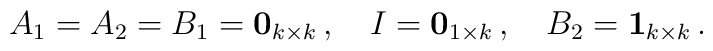
A_1=A_2=B_1=\mathbf{0}_{k\times k}\,,\quad I=\mathbf{0}_{1\times k}\,,\quad B_2=\mathbf{1}_{k\times k}\,.